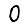
Digit: 0